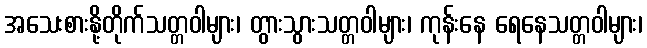
အသေးစားနို့တိုက်သတ္တဝါများ၊ တွားသွားသတ္တဝါများ၊ ကုန်းနေ ရေနေသတ္တဝါများ၊